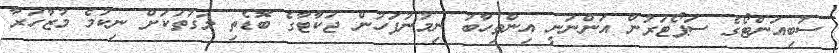
ސުބިއަންޓޯގެ ސަޕޯޓަރުން އަންނަނީ އިންތިހާބު ނިމުނުފަހުން ޖަކާޓާގެ ބޮޑެތި މަގުތަކަށް ނިކުމެ މުޒާހަރާ